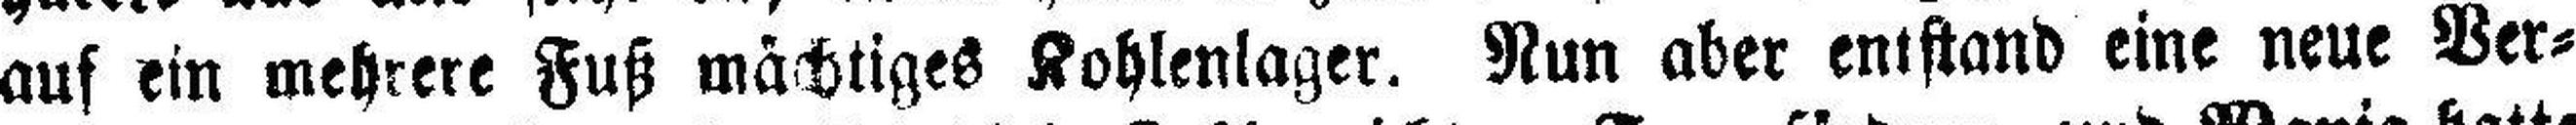
auf ein mehrere Fuß mächtiges Kohlenlager. Nun aber entstand eine neue Ver¬